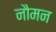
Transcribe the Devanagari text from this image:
नौमन